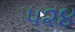
૫૨૪